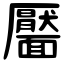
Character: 靨